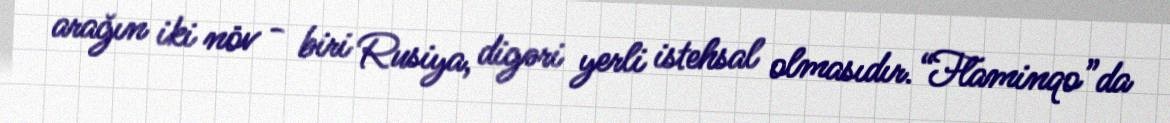
arağın iki növ - biri Rusiya, digəri yerli istehsal olmasıdır.“Flaminqo”da